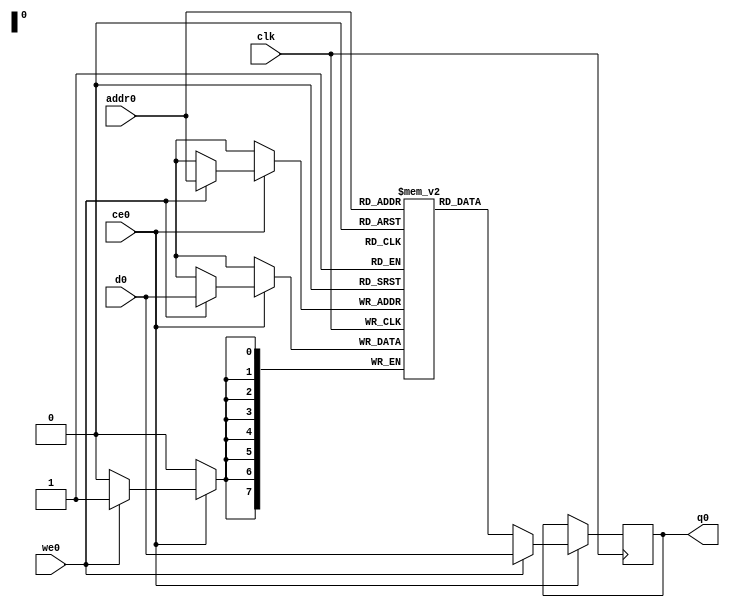
// ==============================================================
// File generated by Vivado(TM) HLS - High-Level Synthesis from C, C++ and SystemC
// Version: 2018.2
// Copyright (C) 1986-2018 Xilinx, Inc. All Rights Reserved.
// 
// ==============================================================

`timescale 1 ns / 1 ps
module matrix_multiply_telP_ram (addr0, ce0, d0, we0, q0,  clk);

parameter DWIDTH = 8;
parameter AWIDTH = 8;
parameter MEM_SIZE = 175;

input[AWIDTH-1:0] addr0;
input ce0;
input[DWIDTH-1:0] d0;
input we0;
output reg[DWIDTH-1:0] q0;
input clk;

(* ram_style = "block" *)reg [DWIDTH-1:0] ram[0:MEM_SIZE-1];




always @(posedge clk)  
begin 
    if (ce0) 
    begin
        if (we0) 
        begin 
            ram[addr0] <= d0; 
            q0 <= d0;
        end 
        else 
            q0 <= ram[addr0];
    end
end


endmodule


`timescale 1 ns / 1 ps
module matrix_multiply_telP(
    reset,
    clk,
    address0,
    ce0,
    we0,
    d0,
    q0);

parameter DataWidth = 32'd8;
parameter AddressRange = 32'd175;
parameter AddressWidth = 32'd8;
input reset;
input clk;
input[AddressWidth - 1:0] address0;
input ce0;
input we0;
input[DataWidth - 1:0] d0;
output[DataWidth - 1:0] q0;



matrix_multiply_telP_ram matrix_multiply_telP_ram_U(
    .clk( clk ),
    .addr0( address0 ),
    .ce0( ce0 ),
    .we0( we0 ),
    .d0( d0 ),
    .q0( q0 ));

endmodule